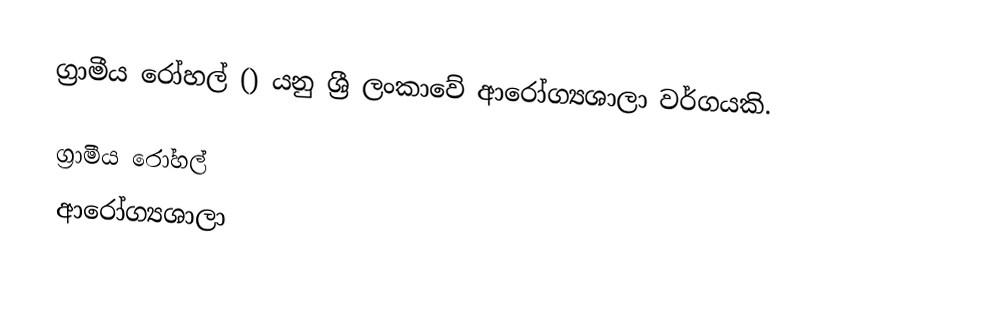
ග්‍රාමීය රෝහල් () යනු  ශ්‍රී ලංකාවේ ආරෝග්‍යශාලා වර්ගයකි.

ග්‍රාමීය රෝහල්
ආරෝග්‍යශාලා